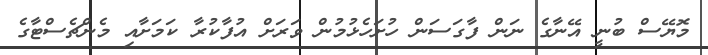
މޮޔޭސް ބުނީ އޭނާގެ ނަން ފާގަސަން ހުށަހެޅުމުން ވަރަށް އުފާކުރާ ކަމަށާއި މެންޗެސްޓާގެ